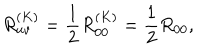
LaTeX: R _ { u v } ^ { ( K ) } = \frac { 1 } { 2 } R _ { 0 0 } ^ { ( K ) } = \frac { 1 } { 2 } R _ { 0 0 } ,